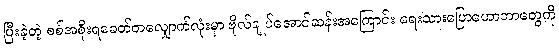
ပြီးခဲ့တဲ့ စစ်အစိုးရခေတ်တလျှောက်လုံးမှာ ဗိုလ်ချုပ်အောင်ဆန်းအကြောင်း ရေးသားပြောဟောတာတွေကို